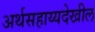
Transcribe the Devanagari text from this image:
अर्थसहाय्यदेखील